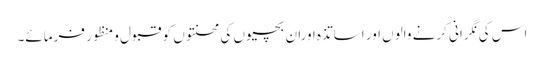
اس کی نگرانی کرنے والوں اور اساتذہ اوران بچیوں کی محنتوں کو قبول ومنظور فرمائے۔